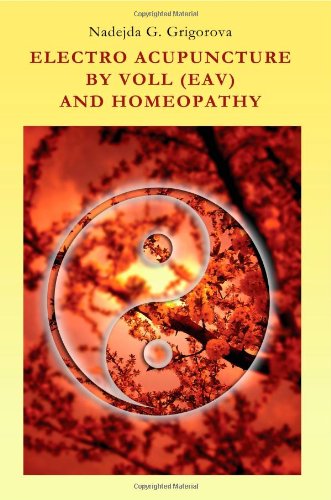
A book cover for Electro Acupuncture by Voll (Eav) and Homeopathy; Nadejda G. Grigorova; Health, Fitness & Dieting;